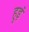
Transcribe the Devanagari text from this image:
हुइं